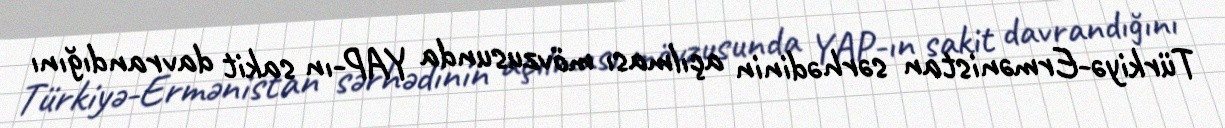
Türkiyə-Ermənistan sərhədinin açılması mövzusunda YAP-ın sakit davrandığını